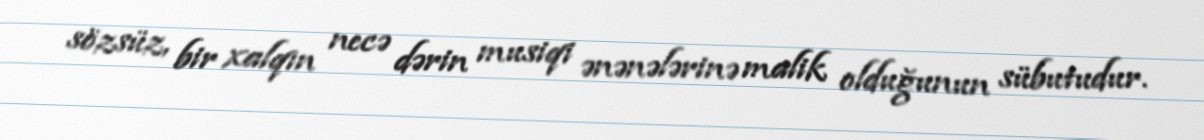
sözsüz, bir xalqın necə dərin musiqi ənənələrinə malik olduğunun sübutudur.